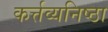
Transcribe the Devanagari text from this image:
कर्त्तव्यनिष्ठा